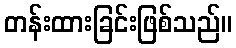
တန်းထားခြင်းဖြစ်သည်။